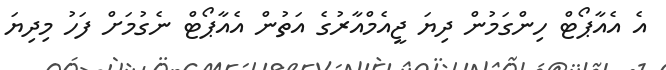
އެ އެއާޕޯޓް ހިންގަމުން ދިޔަ ޖީއެމްއާރުގެ އަތުން އެއާޕޯޓް ނެގުމަށް ފަހު މިދިޔަ